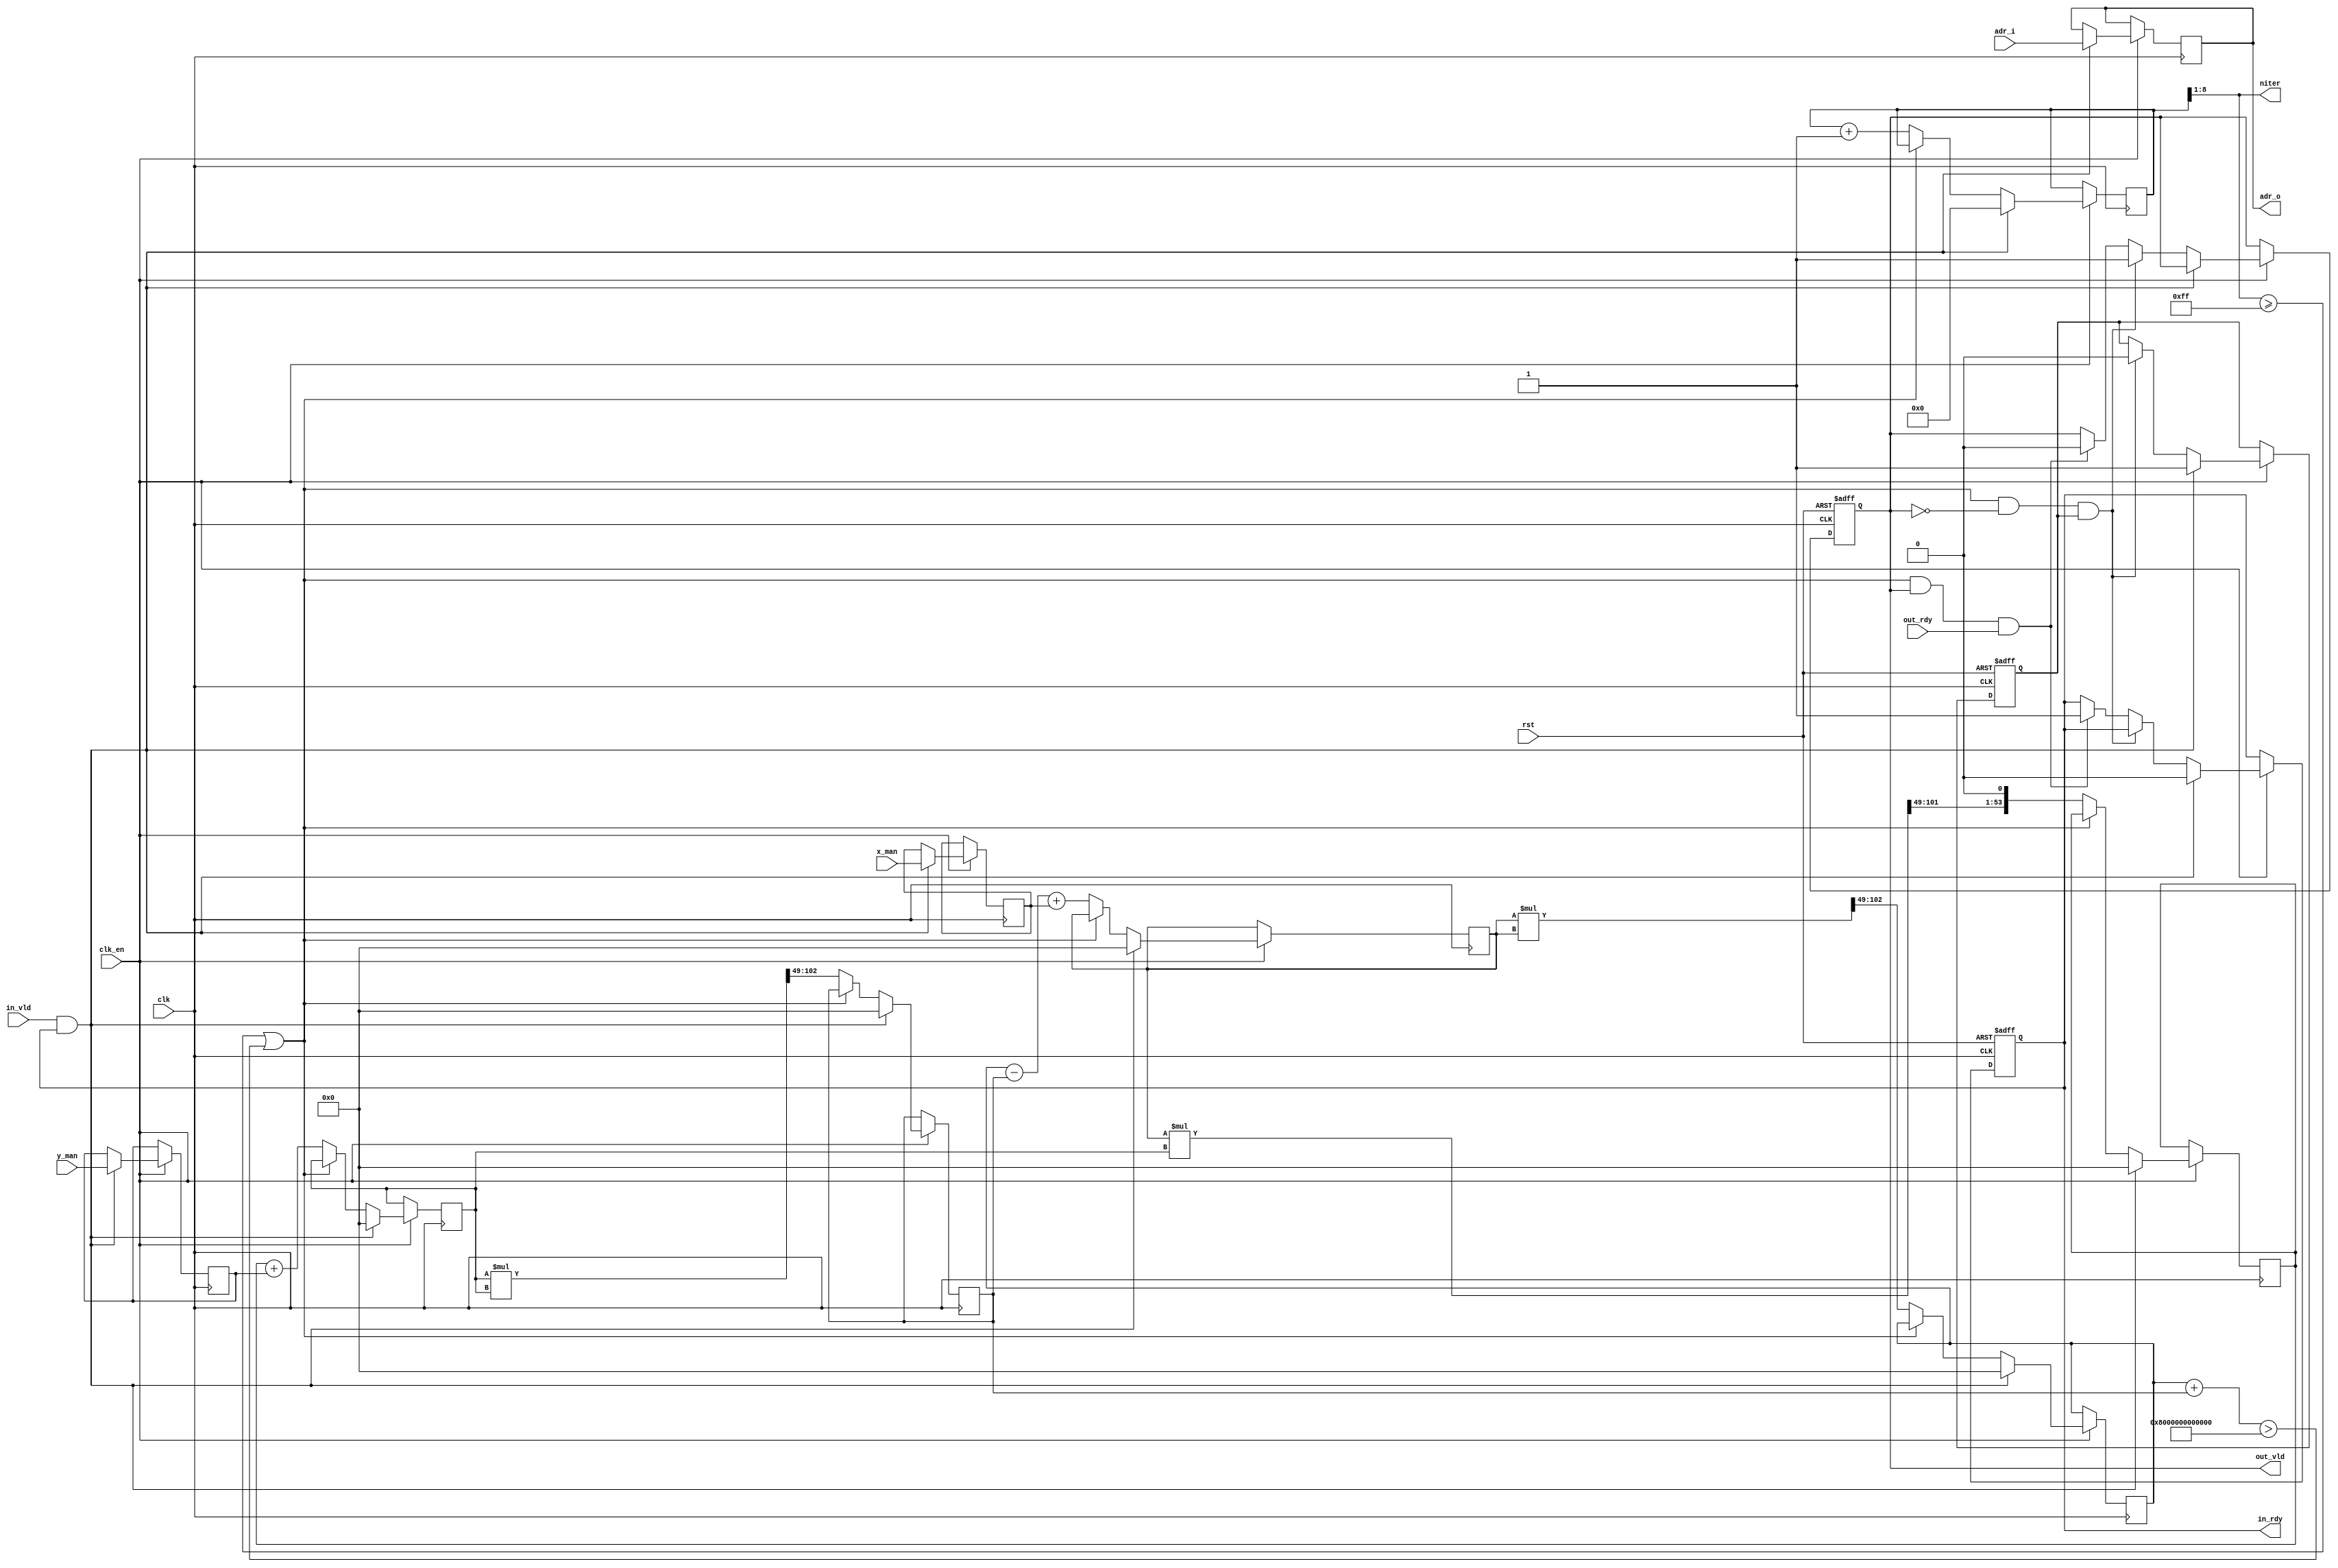
// mandelbrot_calc.v
// mandelbrot calculation pipeline
// 2020, Rok Krajnc <rok.krajnc@gmail.com>


module mandelbrot_calc #(
  parameter MAXITERS  = 256,              // max number of iterations
  parameter IW        = $clog2(MAXITERS), // width of iteration vars
  parameter FPW       = 2*27,             // bitwidth of fixed-point numbers
  parameter AW        = 11                // address width
)(
  // system
  input  wire           clk,      // clock
  input  wire           clk_en,   // clock enable
  input  wire           rst,      // reset
  // input cooridnates
  input  wire           in_vld,   // input valid
  output reg            in_rdy,   // input ack
  input  wire [FPW-1:0] x_man,    // mandelbrot x coordinate
  input  wire [FPW-1:0] y_man,    // mandelbrot y cooridnate
  input  wire [ AW-1:0] adr_i,    // mandelbrot coordinate address input
  // output
  output reg            out_vld,  // output valid
  input  wire           out_rdy,  // output ack
  output wire [ IW-1:0] niter,    // number of iterations
  output reg  [ AW-1:0] adr_o     // mandelbrot cooridnate address output
);


//// local parameters ////
localparam FP_S = 1;                  // fixed-point sign bit
localparam FP_I = 4;                  // fixed-point integer bits
localparam FP_F = FPW - FP_S - FP_I;  // fixed-point fractional bits 


//// flow control ////
reg busy;
wire check;

always @ (posedge clk, posedge rst) begin
  if (rst) begin
    in_rdy  <= #1 1'b1;
    out_vld <= #1 1'b0;
    busy    <= #1 1'b0;
  end else if (clk_en) begin
    if (in_vld && in_rdy) begin
      in_rdy  <= #1 1'b0;
      busy    <= #1 1'b1;
    end else if (check && !out_vld && busy) begin
      out_vld <= #1 1'b1;
      busy    <= #1 1'b0;
    end else if (check && out_vld && out_rdy) begin
      in_rdy  <= #1 1'b1;
      out_vld <= #1 1'b0;
    end
  end
end


//// mandelbrot calculation ////
reg  signed [  FPW-1:0] x_man_r, y_man_r;
wire signed [  FPW-1:0] x_comb, y_comb;
reg  signed [  FPW-1:0] x, y;
wire signed [2*FPW-1:0] xx_mul_comb, yy_mul_comb, xy_mul_comb;
wire signed [  FPW-1:0] xx_comb, yy_comb, xy2_comb;
reg  signed [  FPW-1:0] xx, yy, xy2;
wire signed [  FPW-1:0] limit;
reg         [ IW+1-1:0] niters;
wire                    niters_check;
wire                    limit_check;
//wire                    check;


assign xx_mul_comb  = x*x;
assign yy_mul_comb  = y*y;
assign xy_mul_comb  = x*y;
assign xx_comb      = xx_mul_comb[2*FPW-1-FP_S-FP_I:FPW-FP_S-FP_I];
assign yy_comb      = yy_mul_comb[2*FPW-1-FP_S-FP_I:FPW-FP_S-FP_I];
assign xy2_comb     = {xy_mul_comb[2*FPW-2-FP_S-FP_I:FPW-FP_S-FP_I], 1'b0};
assign limit        = {1'h0, 4'h4, {FP_F{1'h0}}}; // 4.0
assign niters_check = niters[IW+1-1:1] >= (MAXITERS-1);
assign limit_check  = (xx + yy) > limit;
assign check        = niters_check || limit_check;
assign x_comb       = xx - yy + x_man_r;
assign y_comb       = xy2 + y_man_r;

always @ (posedge clk) begin
  if (clk_en) begin
    if (in_vld && in_rdy) begin
      adr_o   <= #1 adr_i;
      x_man_r <= #1 x_man;
      y_man_r <= #1 y_man;
      x       <= #1 'd0;
      y       <= #1 'd0;
      xx      <= #1 'd0;
      yy      <= #1 'd0;
      xy2     <= #1 'd0;
      niters  <= #1 'd0;
    end else if(!check) begin
      x       <= #1 x_comb;
      y       <= #1 y_comb;
      xx      <= #1 xx_comb;
      yy      <= #1 yy_comb;
      xy2     <= #1 xy2_comb;
      niters  <= #1 niters + 'd1;
    end
  end
end

assign niter = niters[IW+1-1:1];


endmodule


/*
133   // calculate the Mandelbrot set
134   // iterate over all image rows
135   #pragma omp parallel for ordered schedule(dynamic)
136   for (uint32_t img_y=0; img_y<img_h; img_y++) {
137     // convert y image coordinate to Mandelbrot coordinate
138     double man_y = (double)(img_y)/(double)img_h*(man_y1-man_y0) + man_y0;
139     // iterate over all image columns
140     for (uint32_t img_x=0; img_x<img_w; img_x++) {
141       // convert x image coordinate to Mandelbrot coordinate
142       double man_x = (double)(img_x)/(double)img_w*(man_x1-man_x0) + man_x0;
143       // initialize Zn to 0 + i0
144       double zn_x = 0.0;
145       double zn_y = 0.0;
146       // initialize niterations to 0
147       uint32_t niterations = 0;
148       // initialize temporary variables
149       double x2 = 0.0;
150       double y2 = 0.0;
151       while (x2 + y2 <= 4.0 && niterations < niter-1) {
152         zn_y = 2*zn_x*zn_y + man_y;
153         zn_x = x2 - y2 + man_x;
154         x2   = zn_x*zn_x;
155         y2   = zn_y*zn_y;
156         niterations++;
157       }
158       // save number of iterations to iterations array
159       iterations[img_y*img_w+img_x] = niterations;
160     }
161   }
*/
/*
1. xy2 = 2*x*y | xx = x*x | yy = y*y
2. xx + yy <= 4 ? | x = xx - yy + man_x | y = xy2 + man_y

       0       1       2       3
    ___|---|___|---|___|---|___|---|___|---|___|---|___|---|___|---|___|---|___|---|___|---|___|---|___|---|___|---|___|---|__

x      0_0     1_0     0_1
y      0_0     1_0     0_1
xx     0       0_0     1_0
yy     0       0_0     1_0
xy     0       0_0     1_0
cmp    0       0       0_0



2. 2*zn_x*zn_y | zn_x*zn_x | zn_y*zn_y
3. zn_y = 2*zn_x*zn_y + man_y | zn_x = x*x - y*y + man_x


always @ (posedge clk) begin
  if (init) begin
    zn_x    <= #1 'd0;
    zn_y    <= #1 'd0;
    niters  <= #1 'd0;
    x2      <= #1 'd0;
    y2      <= #1 'd0;
  end else if (clk_en) begin
    
  end
end
*/